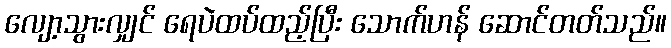
လျော့သွားလျှင် ရေပဲထပ်ထည့်ပြီး သောက်ဟန် ဆောင်တတ်သည်။